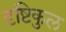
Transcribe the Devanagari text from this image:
दृष्टिकुल